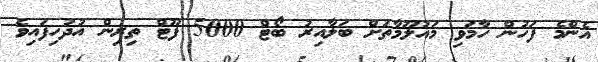
އެންމެ ފަހުން ހާމަވި މައުލޫމާތަށް ބަލާއިރު ބޯޓް 5000 ފޫޓް ތިރިން އުދުހިފައިވެ